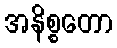
အနိစ္စတော